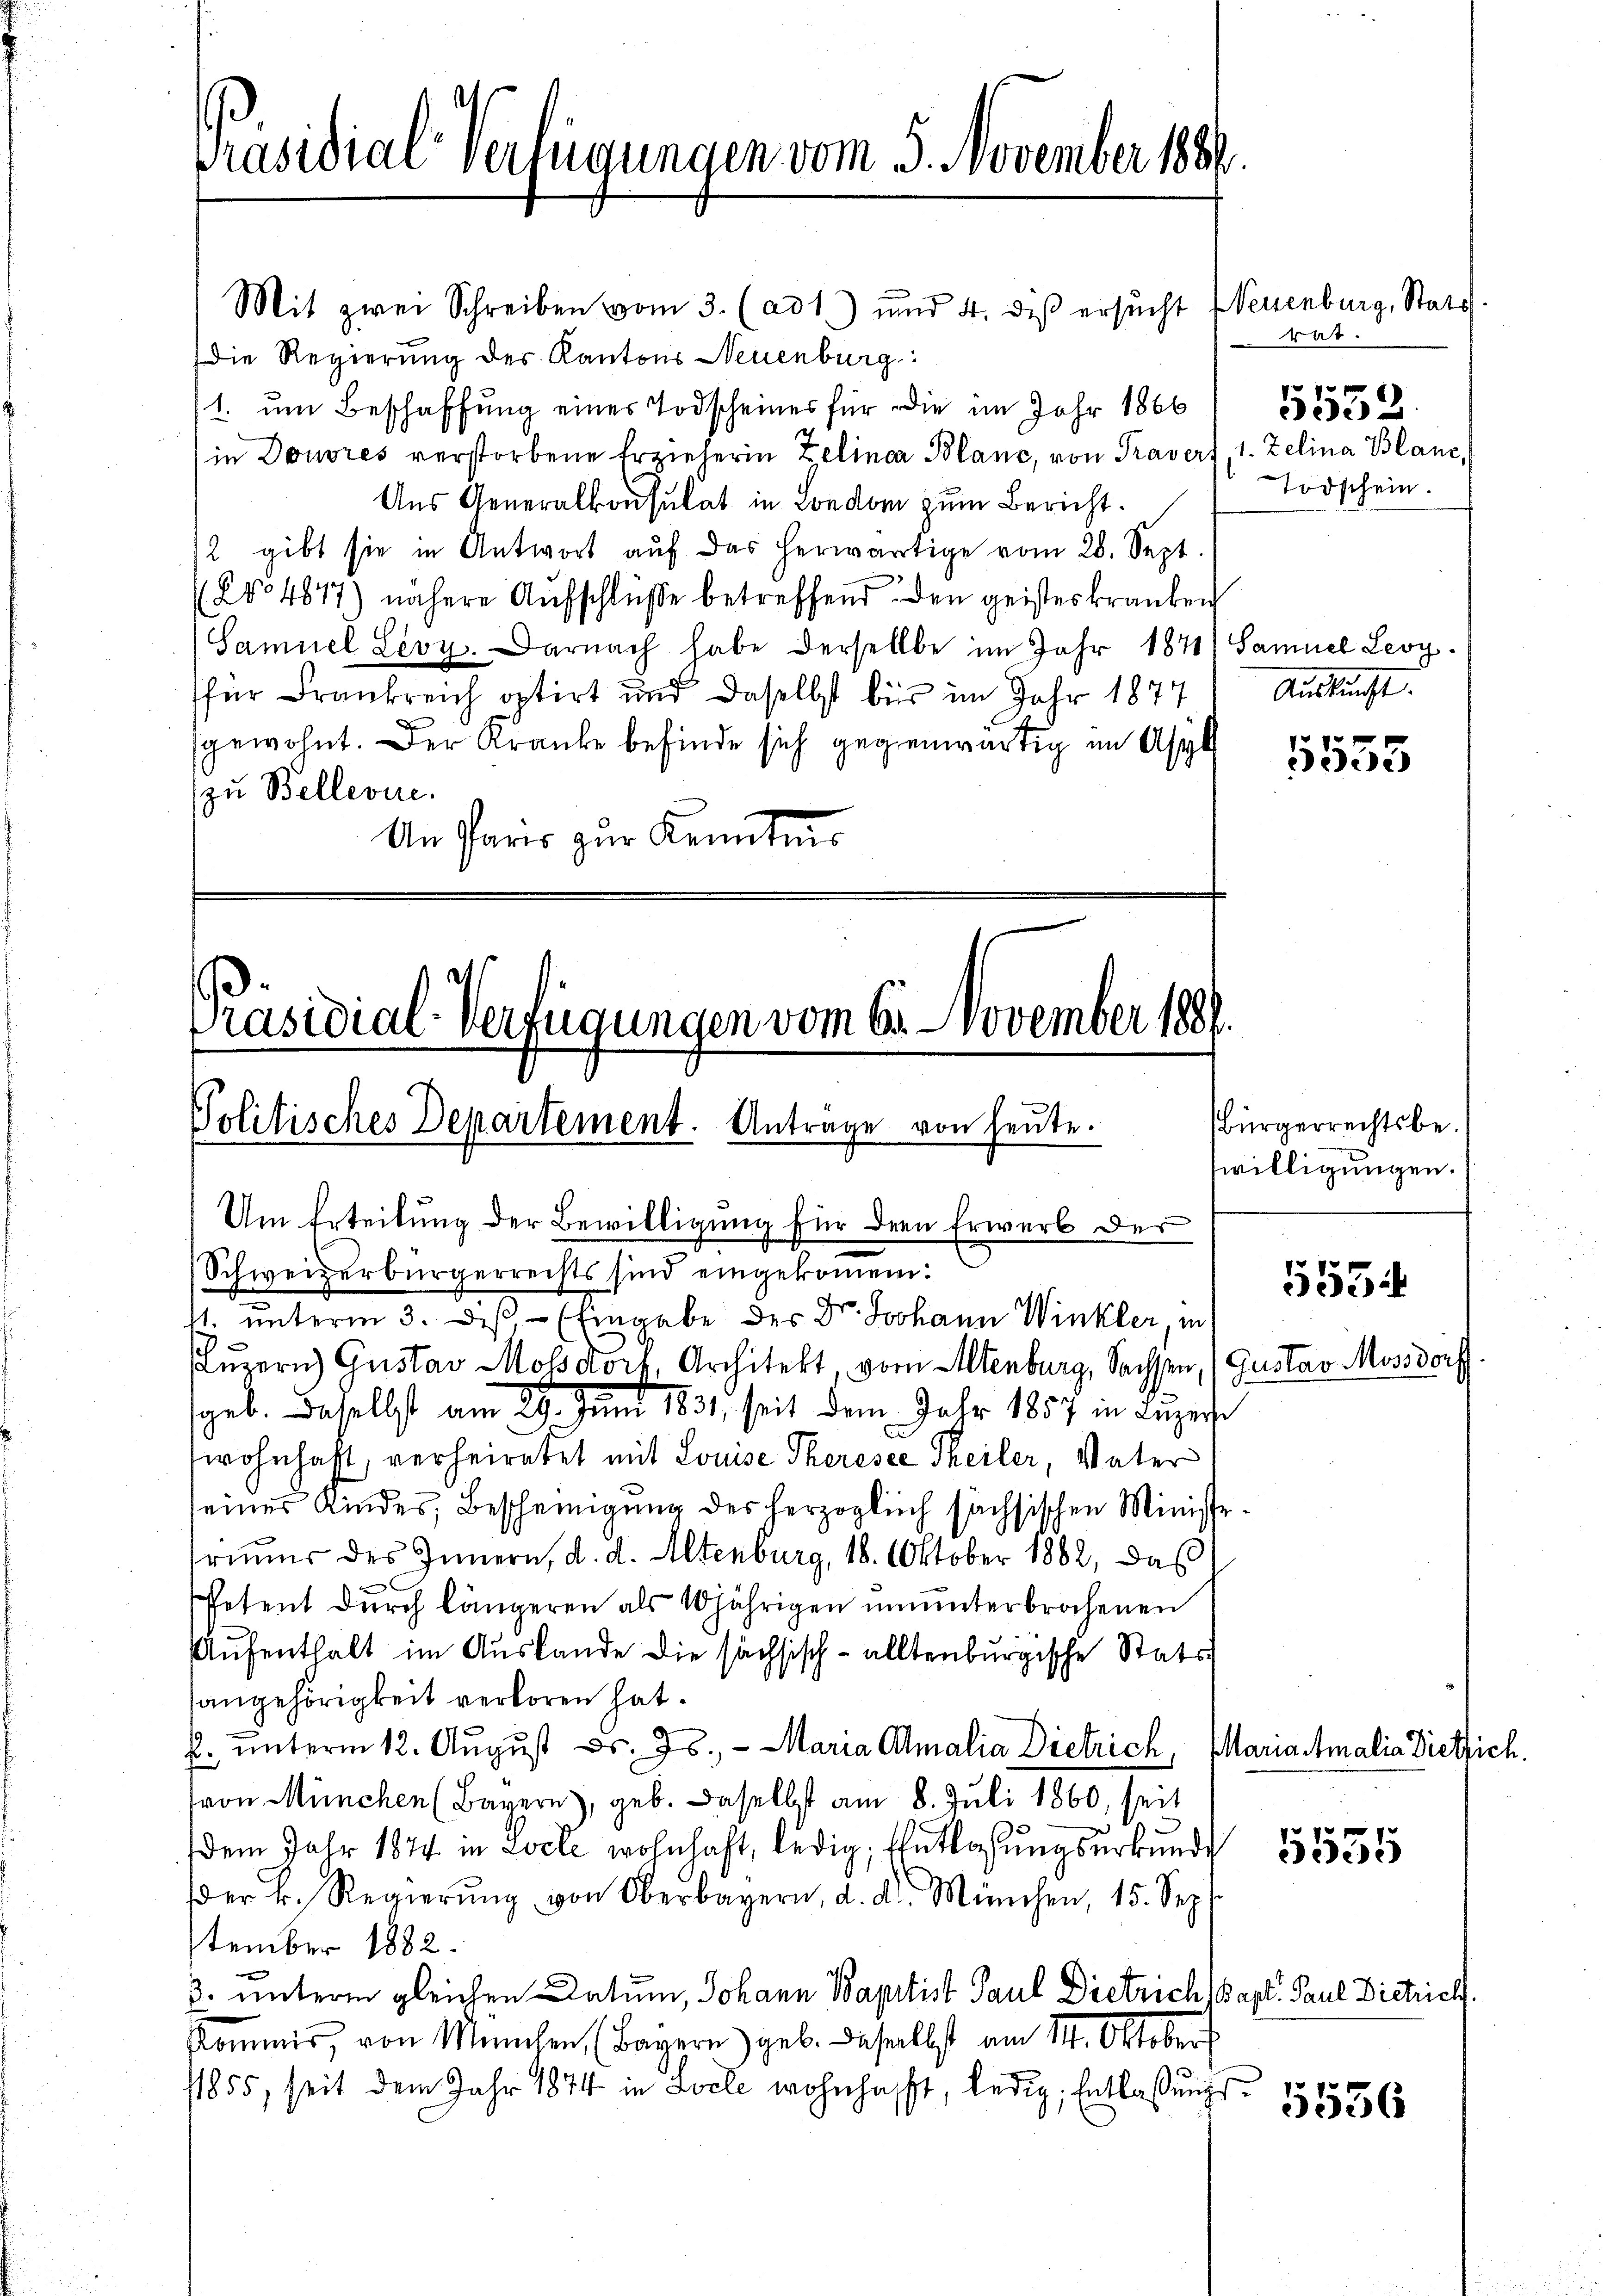
Präsidial-Verfügungen vom 5. November 1886

Mit zwei Schreiben vom 3. (ad 1) und 4. des ersucht (Neuenburg, Stats
Die Regierung der Kantons Neuenburg:
1. um Beschaffung eines Todscheines für die im Jahr 1866
in Douvres verstorbene Erzieherin Zelinar Blanc, von Traver, 1. Zelina Blanc,
Aus Generalkonsulat in Londom zum Bericht.
/2 gibt sie in Antwort aŭf das herwärtige vom 28. Sept.
204817) nähere Aufschlüsse betreffend den geisteskranken
Samuel Levy. Darnach habe derselbe im Jahr 1871) Samuel Leoy.
für Frankreich optirt und daselbst bis im Jahr 1874
sgewohnt. Der Kranke befinde sich gegenwärtig im Asyl
zu Bellevue
An Paris zur Kenntnis

Präsidial-Verfügungen vom 6. November 1881.
Politisches Departement. Anträge von heute.
Um Erteilung der Bewilligung für der Erwerb der

Schweizerbürgerrechts sind eingekommen:
11. unterm 3. des, - (Eingabe der Dr. Johann Winkler, in
Fluzern) Gustav Mossdorf, Architekt, vom Altenburg, Sachsen, (Gustav Mossdorf
geb. Daselbst am 29. Juni 1831, seit dem Jahr 1857 in Luzer
wohnhaft, verheiratet mit Louise Theresse Theiler, Vater
seines Kindes, Bescheinigung des herzoglich sächsischen Ministrraŭer des Innern, d. d. Altenburg, 18. Oktober 1862, daß
Petent durch längeren als 10jährigen ununterbrochenen
Aufenthalt im Auslande die sächsisch-alltenburgische Stats
sangehörigkeit verloren hat.
. ŭnterm 12. August d. Js., - Maria Amalia Dietrich, Mariastmalia Dietlich.
(von München (Bayern), geb. Daselbst am 8. Juli 1860, seit
dem Jahr 1874 in Ziele wohnhaft, ledig, Entlaßungsurkunde
der k. Regierŭng von Oberbayern, d. d. München, 15. Sep
tember 1882.
3. unterm gleichen Datum, Johann Baptist Paul Dietrich Bapt. Paul Dietrich.
Kommis, von München (Bayern) geb. Dasselbst am 14. Oktobers
11855, seit dem Jahr 1874 in Ziele wohnhafft, ledig, Entlaßungs¬

rat.
5552.
Todschein.

Auslacht.

1553

bürgerrechtsbewilligungen.

5554

5535

5556